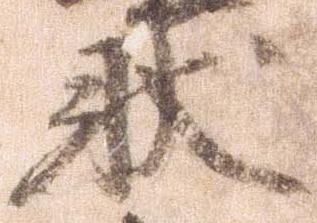
状